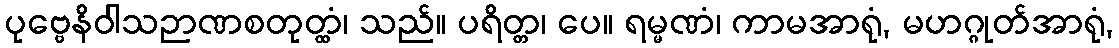
ပုဗ္ဗေနိဝါသဉာဏစတုတ္ထံ၊ သည်။ ပရိတ္တ၊ ပေ။ ရမ္မဏံ၊ ကာမအာရုံ, မဟဂ္ဂုတ်အာရုံ,